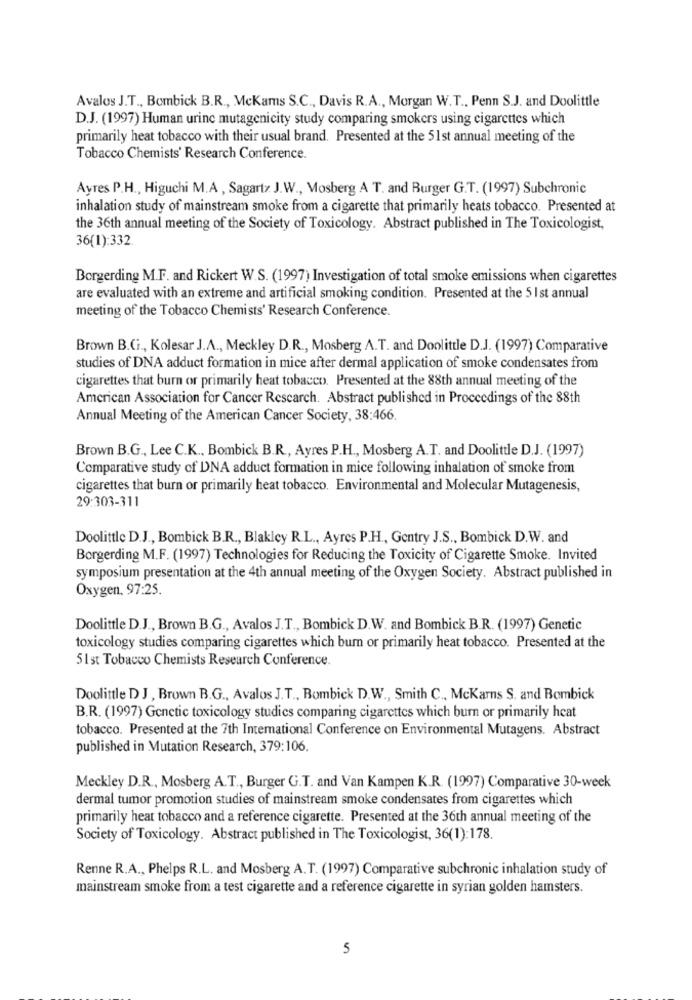
Avalos J.T ., Bombick B.R ., McKams S.C ., Davis R.A ., Morgan W.T ., Penn S.J. and Doolittle
D.J. (1997) Human urine mutagenicity study comparing smokers using cigarettes which
primarily heat tobacco with their usual brand. Presented at the 51st annual meeting of the
Tobacco Chemists' Research Conference.
Ayres P.H ., Higuchi M.A, Sagartz J.W ., Mosberg A T. and Burger G.T. (1997) Subchronic
inhalation study of mainstream smoke from a cigarette that primarily heats tobacco. Presented at
the 36th annual meeting of the Society of Toxicology. Abstract published in The Toxicologist,
36(1):332.
Borgerding M.F. and Rickert W.S. (1997) Investigation of total smoke emissions when cigarettes
are evaluated with an extreme and artificial smoking condition. Presented at the 5 1st annual
meeting of the Tobacco Chemists' Research Conference.
Brown B.C ., Kolesar J.A ., Meckley D.R ., Mosberg A.T. and Doolittle D.J. (1997) Comparative
studies of DNA adduct formation in mice after dermal application of smoke condensates from
cigarettes that burn or primarily heat tobacco. Presented at the 88th annual meeting of the
American Association for Cancer Research. Abstract published in Proceedings of the 88th
Annual Meeting of the American Cancer Society, 38:466.
Brown B.G ., Lee C.K ., Bombick B.R ., Ayres P.H ., Mosberg A.T. and Doolittle D.J. (1997)
Comparative study of DNA adduct formation in mice following inhalation of smoke from
cigarettes that burn or primarily heat tobacco. Environmental and Molecular Mutagenesis,
29:303-311
Doolittle D.J ., Bombick B.R ., Blakley R.L ., Ayres P.H ., Gentry J.S ., Bombick D.W. and
Borgerding M.F. (1997) Technologies for Reducing the Toxicity of Cigarette Smoke. Invited
symposium presentation at the 4th annual meeting of the Oxygen Society. Abstract published in
Oxygen, 97:25.
Doolittle D.J ., Brown B.G ., Avalos J.T ., Bombick D.W. and Bombick B.R. (1997) Genetic
toxicology studies comparing cigarettes which bum or primarily heat tobacco. Presented at the
51 st Tobacco Chemists Research Conference.
Doolittle D J , Brown B.G ., Avalos J.T ., Bombick D.W ., Smith C ., McKarns S. and Bombick
B.R. (1997) Genetic toxicology studies comparing cigarettes which burn or primarily heat
tobacco. Presented at the 7th International Conference on Environmental Mutagens. Abstract
published in Mutation Research, 379:106.
Meckley D.R ., Mosberg A.T ., Burger G.T. and Van Kampen K.R. (1997) Comparative 30-week
dermal tumor promotion studies of mainstream smoke condensates from cigarettes which
primarily heat tobacco and a reference cigarette. Presented at the 36th annual meeting of the
Society of Toxicology. Abstract published in The Toxicologist, 36(1):178.
Renne R.A ., Phelps R.L. and Mosberg A.T. (1997) Comparative subchronic inhalation study of
mainstream smoke from a test cigarette and a reference cigarette in syrian golden hamsters.
5